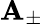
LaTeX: \mathbf{A}_{\pm}